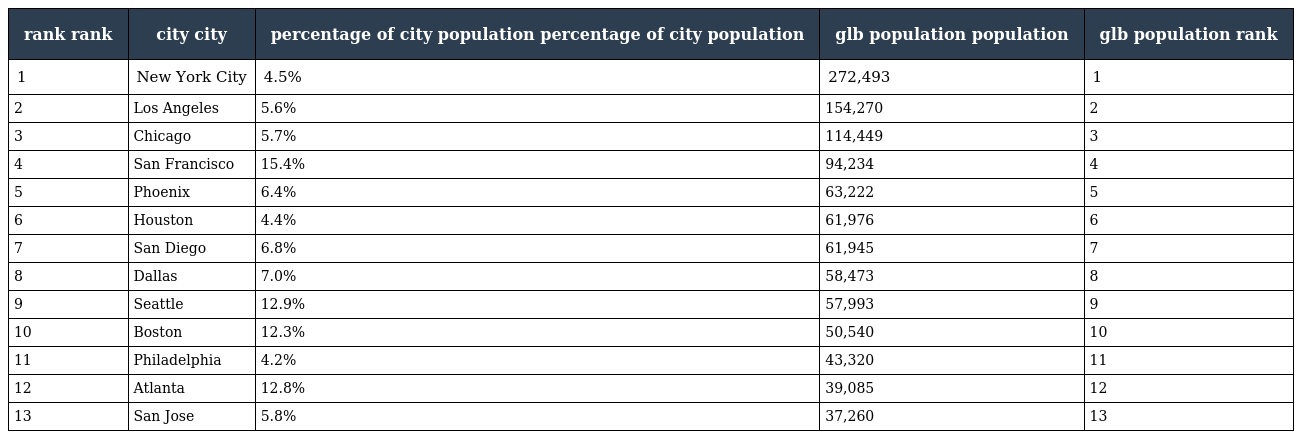
| rank rank | city city | percentage of city population percentage of city population | glb population population | glb population rank |
 | --- | --- | --- | --- | --- |
 | 1 | New York City | 4.5% | 272,493 | 1 |
 | 2 | Los Angeles | 5.6% | 154,270 | 2 |
 | 3 | Chicago | 5.7% | 114,449 | 3 |
 | 4 | San Francisco | 15.4% | 94,234 | 4 |
 | 5 | Phoenix | 6.4% | 63,222 | 5 |
 | 6 | Houston | 4.4% | 61,976 | 6 |
 | 7 | San Diego | 6.8% | 61,945 | 7 |
 | 8 | Dallas | 7.0% | 58,473 | 8 |
 | 9 | Seattle | 12.9% | 57,993 | 9 |
 | 10 | Boston | 12.3% | 50,540 | 10 |
 | 11 | Philadelphia | 4.2% | 43,320 | 11 |
 | 12 | Atlanta | 12.8% | 39,085 | 12 |
 | 13 | San Jose | 5.8% | 37,260 | 13 |